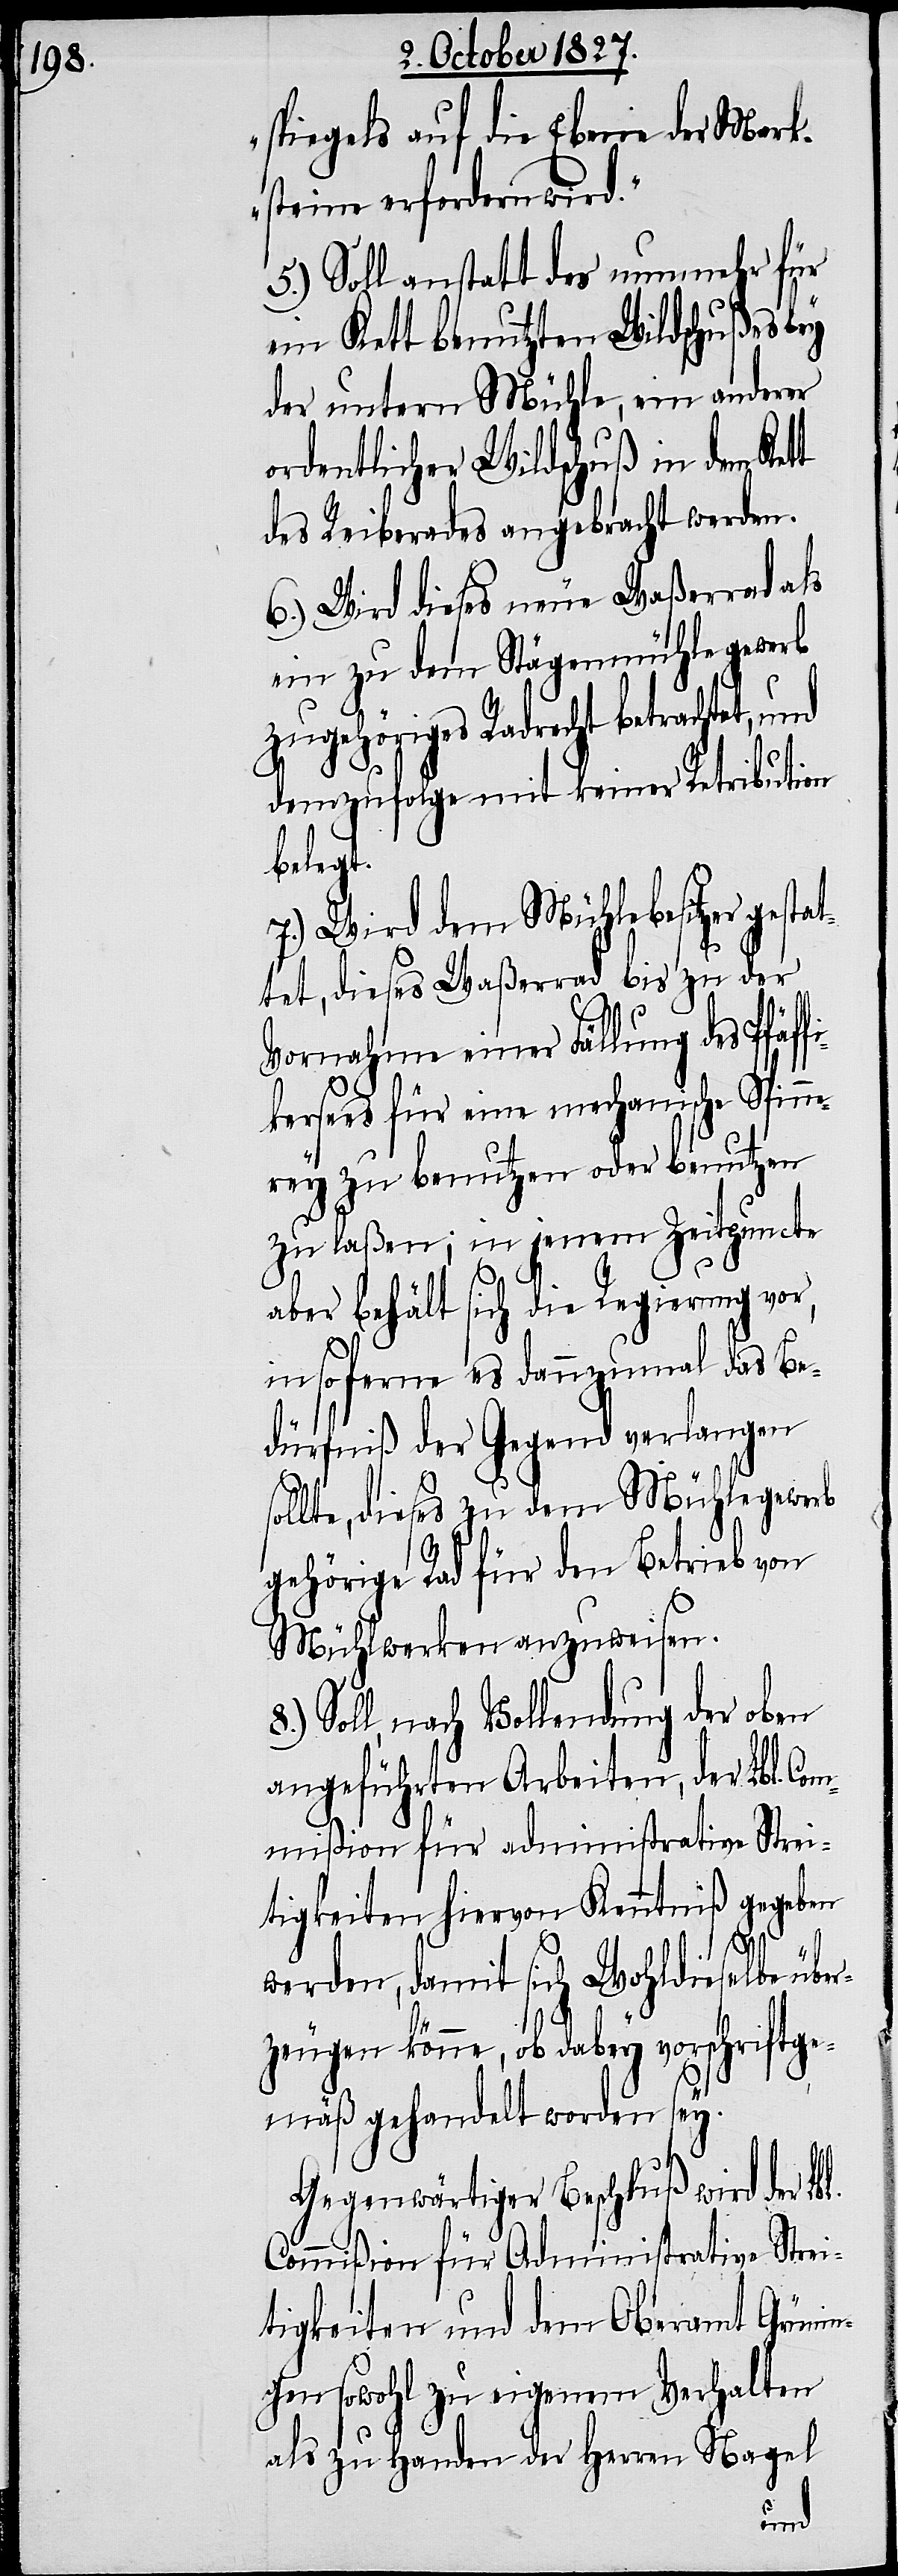
spiegels auf die Ebene der Mark¬
steine erfordern wird.“
5.) Soll anstatt des nunmehr für
ein Kett benutzten Wildschußes bey
der untern Mühle, ein anderer
ordentlicher Wildschuß in dem Ket¬
des Reiberades angebracht werden.
6.) Wird dieses neue Waßerrad als
ein zu dem Stägenmühlegewerb
zugehöriges Radrecht betrachtet, und
demzufolge mit keiner Retribution
belegt.
7.) Wird dem Mühlebesitzer gestat¬
tet, dieses Waßerrad bis zu der
l.
Vornahme einer Fällung des Pfäff¬
ikersees für eine mechanische Spin¬
nerey zu benutzen oder benutzen
zu laßen; in jenem Zeitpuncte
aber behält sich die Regierung vor,
insoferne es dannzumal das Be¬
dürfniß der Gegend verlangen
ollte, dieses zu dem Mühlegewerb
gehörige Rad für den Betrieb von
Mühlwerken anzuweisen.
Soll, nach Vollendung der oben
angeführten Arbeiten, der Lbl. Com¬
mißion für administrative Strei¬
tigkeiten hiervon Kenntniß gegeben
werden, damit sich Wohldieselbe übe¬
rzeugen könne, ob dabey vorschriftge¬
mäß gehandelt worden sey.
Gegenwärtiger Beschluß wird der Lb¬
Commißion für Administrative Strei¬
tigkeiten und dem Oberamt Grünin¬
gen sowohl zu eigenem Verhalten
als zu Handen der Herren Nagel